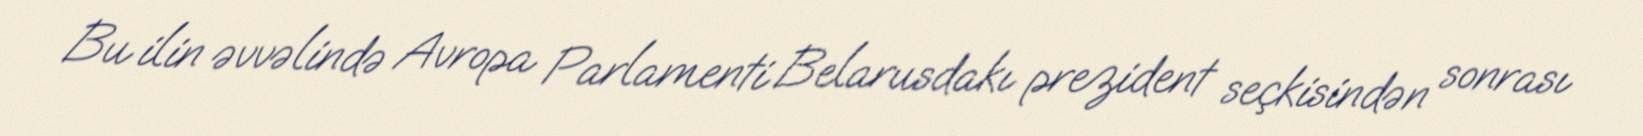
Bu ilin əvvəlində Avropa Parlamenti Belarusdakı prezident seçkisindən sonrası